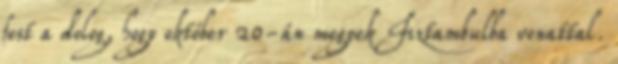
fest a dolog, hogy október 20-án megyek Isztambulba vonattal.